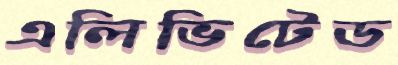
এলিভিটেড